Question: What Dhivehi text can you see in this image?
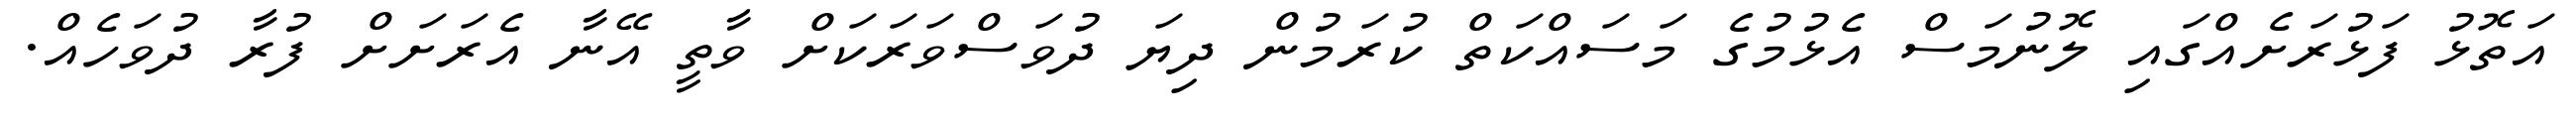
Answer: އަތޮޅު ފަޅުރަށެއްގައި ލޮނުމަސް އެޅުމުގެ މަސައްކަތް ކުރަމުން ދިޔަ ދުވަސްވަރަކަށް ވާތީ އޭނާ އެރަށަށް ފުރާ ދުވަހެއް.